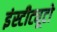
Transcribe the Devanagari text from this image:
इंस्टीट्यूटो